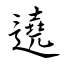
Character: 遶